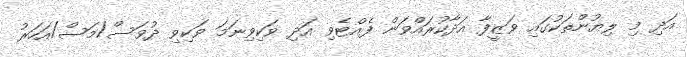
އަދި މި ލިޔުންތަކުގައި ވަޒީފާ އަދާކުރައްވަން ފެއްޓެވި އަދި ވަކިވިނަމަ ވަކިވި ދުވަސް/މަސް/އަހަރު